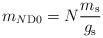
\begin{align*}m_{N\rm D0} = N\frac{m_{\rm s}}{g_{\rm s}}\end{align*}